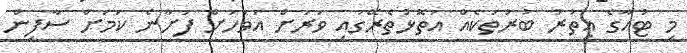
މި ޓުއާގެ އިތުރު ބުރުތަކެއް އަތޮޅުތެރޭގައި ވަރަށް އަވަހަށް ފަށާނެ ކަމަށް ސާފިން